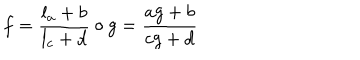
f = \frac { l _ { a } + b } { l _ { c } + d } \circ g = \frac { a g + b } { c g + d }